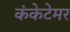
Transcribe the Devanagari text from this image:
कंकेटेमर